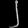
Digit: ၂